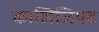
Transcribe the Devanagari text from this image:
कालिजियट